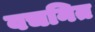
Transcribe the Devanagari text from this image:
वचनित